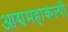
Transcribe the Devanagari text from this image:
आद्यमहाकल्पी